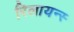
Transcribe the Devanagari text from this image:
रिलायन्स्‍